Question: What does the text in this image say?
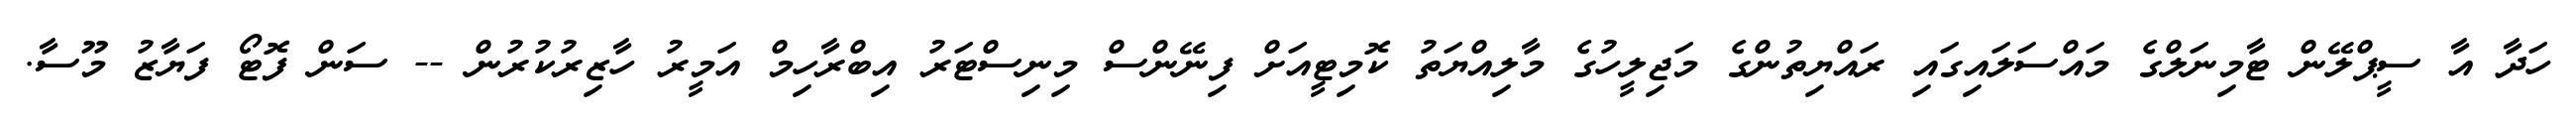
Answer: ހަދާ އާ ސީޕްލޭން ޓާމިނަލްގެ މައްސަލައިގައި ރައްޔިތުންގެ މަޖިލީހުގެ މާލިއްޔަތު ކޮމިޓީއަށް ފިނޭންސް މިނިސްޓަރު އިބްރާހިމް އަމީރު ހާޒިރުކުރުން -- ސަން ފޮޓޯ ފަޔާޒު މޫސާ.